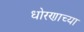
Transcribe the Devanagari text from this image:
धोरणाच्‍या